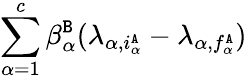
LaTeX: \sum_{\alpha=1}^{c}\beta_{\alpha}^{\tt B}(\lambda_{\alpha,i_{\alpha}^{\tt A}}-\lambda_{\alpha,f_{\alpha}^{\tt A}})